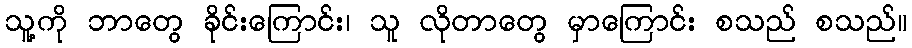
သူ့ကို ဘာတွေ ခိုင်းကြောင်း၊ သူ လိုတာတွေ မှာကြောင်း စသည် စသည်။